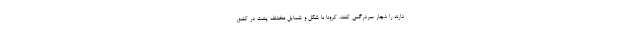
دارند را دچار سردرگمی کنند. کرونا با شکل و شمایل مختلف پشت در کشور